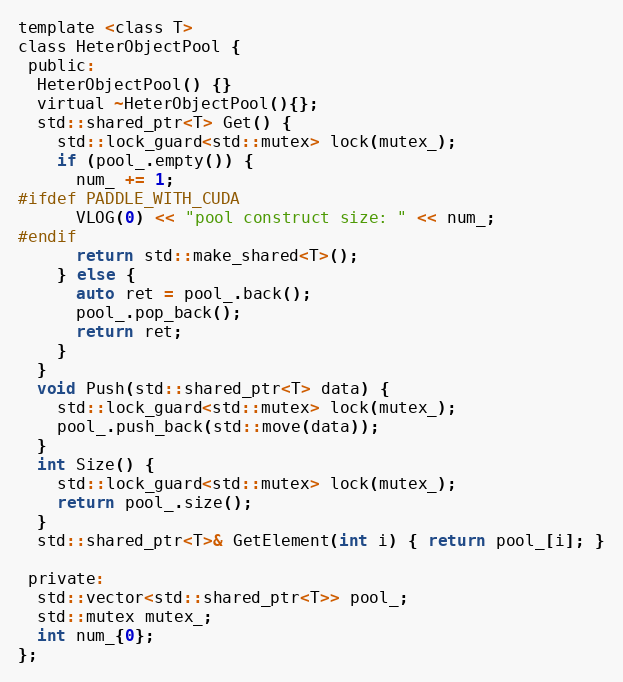
Language: C
template <class T>
class HeterObjectPool {
 public:
  HeterObjectPool() {}
  virtual ~HeterObjectPool(){};
  std::shared_ptr<T> Get() {
    std::lock_guard<std::mutex> lock(mutex_);
    if (pool_.empty()) {
      num_ += 1;
#ifdef PADDLE_WITH_CUDA
      VLOG(0) << "pool construct size: " << num_;
#endif
      return std::make_shared<T>();
    } else {
      auto ret = pool_.back();
      pool_.pop_back();
      return ret;
    }
  }
  void Push(std::shared_ptr<T> data) {
    std::lock_guard<std::mutex> lock(mutex_);
    pool_.push_back(std::move(data));
  }
  int Size() {
    std::lock_guard<std::mutex> lock(mutex_);
    return pool_.size();
  }
  std::shared_ptr<T>& GetElement(int i) { return pool_[i]; }

 private:
  std::vector<std::shared_ptr<T>> pool_;
  std::mutex mutex_;
  int num_{0};
};